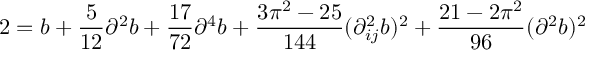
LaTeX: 2 = b + \frac { 5 } { 1 2 } \partial ^ { 2 } b + \frac { 1 7 } { 7 2 } \partial ^ { 4 } b + \frac { 3 \pi ^ { 2 } - 2 5 } { 1 4 4 } ( \partial _ { i j } ^ { 2 } b ) ^ { 2 } + \frac { 2 1 - 2 \pi ^ { 2 } } { 9 6 } ( \partial ^ { 2 } b ) ^ { 2 }